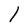
Character: l